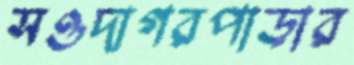
সওদাগরপাড়ার